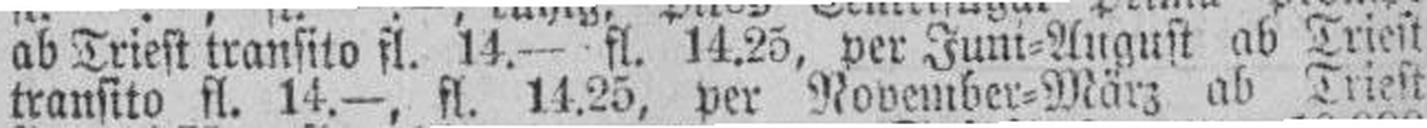
transito fl. 14.—, fl. 14.25, per November=März ab Triest